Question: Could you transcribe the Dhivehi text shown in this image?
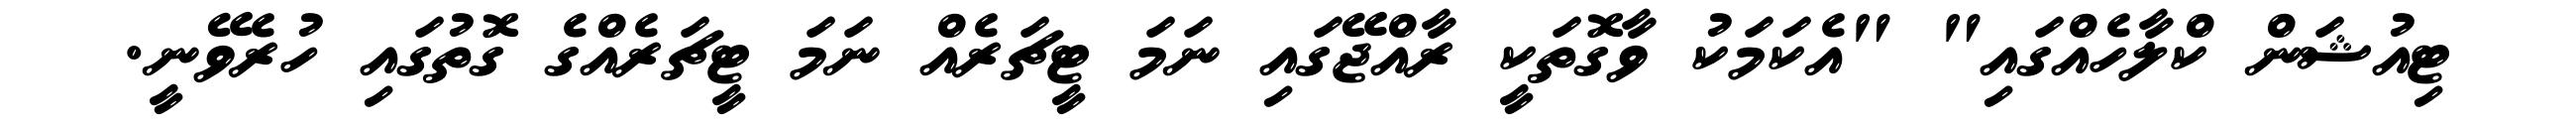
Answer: ޓިއުޝަން ކްލާހެއްގައި" "އެކަމަކު ވާގޮތަކީ ރާއްޖޭގައި ނަމަ ޓީޗަރެއް ނަމަ ޓީޗަރެއްގެ ގޮތުގައި ހުރެވޭނީ.